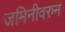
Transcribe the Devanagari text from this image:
जमिनीवरुन